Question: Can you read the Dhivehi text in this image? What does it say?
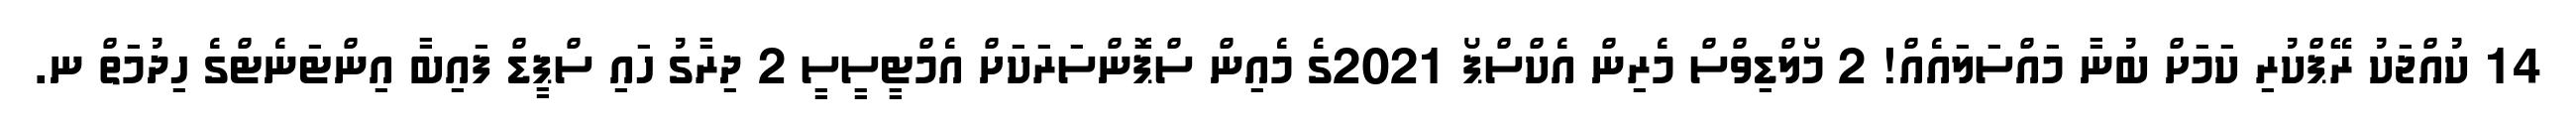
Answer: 14 ކުއްޖަކު ރޭޕްކުރި ކަމަށް ބުނާ މައްސަލައެއް! 2 މޯލްޑިވްސް މެރިން އެކްސްޕޯ 2021ގެ މެއިން ސްޕޮންސަރަކަށް އެމްޓީސީސީ 2 ދިރާގު ހައި ސްޕީޑް ފައިބާ އިންޓަނެޓްގެ ހިދުމަތް ނ.